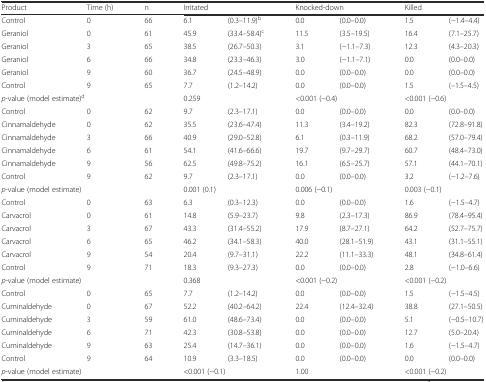
<table><thead><tr><td><b>Product</b></td><td><b>Time (h)</b></td><td><b>n</b></td><td colspan="2"><b>Irritated</b></td><td colspan="2"><b>Knocked-down</b></td><td colspan="2"><b>Killed</b></td></tr></thead><tbody><tr><td>Control</td><td>0</td><td>66</td><td>6.1</td><td>(0.3–11.9)<sup>b</sup></td><td>0.0</td><td>(0.0–0.0)</td><td>1.5</td><td>(−1.4–4.4)</td></tr><tr><td>Geraniol</td><td>0</td><td>61</td><td>45.9</td><td>(33.4–58.4)<sup>c</sup></td><td>11.5</td><td>(3.5–19.5)</td><td>16.4</td><td>(7.1–25.7)</td></tr><tr><td>Geraniol</td><td>3</td><td>65</td><td>38.5</td><td>(26.7–50.3)</td><td>3.1</td><td>(−1.1–7.3)</td><td>12.3</td><td>(4.3–20.3)</td></tr><tr><td>Geraniol</td><td>6</td><td>66</td><td>34.8</td><td>(23.3–46.3)</td><td>3.0</td><td>(−1.1–7.1)</td><td>0.0</td><td>(0.0–0.0)</td></tr><tr><td>Geraniol</td><td>9</td><td>60</td><td>36.7</td><td>(24.5–48.9)</td><td>0.0</td><td>(0.0–0.0)</td><td>0.0</td><td>(0.0–0.0)</td></tr><tr><td>Control</td><td>9</td><td>65</td><td>7.7</td><td>(1.2–14.2)</td><td>0.0</td><td>(0.0–0.0)</td><td>1.5</td><td>(–1.5–4.5)</td></tr><tr><td colspan="3"><i>p</i>-value (model estimate)<sup>d</sup></td><td colspan="2">0.259</td><td colspan="2">&lt;0.001 (−0.4)</td><td colspan="2">&lt;0.001 (−0.6)</td></tr><tr><td>Control</td><td>0</td><td>62</td><td>9.7</td><td>(2.3–17.1)</td><td>0.0</td><td>(0.0–0.0)</td><td>0.0</td><td>(0.0–0.0)</td></tr><tr><td>Cinnamaldehyde</td><td>0</td><td>62</td><td>35.5</td><td>(23.6–47.4)</td><td>11.3</td><td>(3.4–19.2)</td><td>82.3</td><td>(72.8–91.8)</td></tr><tr><td>Cinnamaldehyde</td><td>3</td><td>66</td><td>40.9</td><td>(29.0–52.8)</td><td>6.1</td><td>(0.3–11.9)</td><td>68.2</td><td>(57.0–79.4)</td></tr><tr><td>Cinnamaldehyde</td><td>6</td><td>61</td><td>54.1</td><td>(41.6–66.6)</td><td>19.7</td><td>(9.7–29.7)</td><td>60.7</td><td>(48.4–73.0)</td></tr><tr><td>Cinnamaldehyde</td><td>9</td><td>56</td><td>62.5</td><td>(49.8–75.2)</td><td>16.1</td><td>(6.5–25.7)</td><td>57.1</td><td>(44.1–70.1)</td></tr><tr><td>Control</td><td>9</td><td>62</td><td>9.7</td><td>(2.3–17.1)</td><td>0.0</td><td>(0.0–0.0)</td><td>3.2</td><td>(−1.2–7.6)</td></tr><tr><td colspan="3"><i>p</i>-value (model estimate)</td><td colspan="2">0.001 (0.1)</td><td colspan="2">0.006 (−0.1)</td><td colspan="2">0.003 (−0.1)</td></tr><tr><td>Control</td><td>0</td><td>63</td><td>6.3</td><td>(0.3–12.3)</td><td>0.0</td><td>(0.0–0.0)</td><td>1.6</td><td>(−1.5–4.7)</td></tr><tr><td>Carvacrol</td><td>0</td><td>61</td><td>14.8</td><td>(5.9–23.7)</td><td>9.8</td><td>(2.3–17.3)</td><td>86.9</td><td>(78.4–95.4)</td></tr><tr><td>Carvacrol</td><td>3</td><td>67</td><td>43.3</td><td>(31.4–55.2)</td><td>17.9</td><td>(8.7–27.1)</td><td>64.2</td><td>(52.7–75.7)</td></tr><tr><td>Carvacrol</td><td>6</td><td>65</td><td>46.2</td><td>(34.1–58.3)</td><td>40.0</td><td>(28.1–51.9)</td><td>43.1</td><td>(31.1–55.1)</td></tr><tr><td>Carvacrol</td><td>9</td><td>54</td><td>20.4</td><td>(9.7–31.1)</td><td>22.2</td><td>(11.1–33.3)</td><td>48.1</td><td>(34.8–61.4)</td></tr><tr><td>Control</td><td>9</td><td>71</td><td>18.3</td><td>(9.3–27.3)</td><td>0.0</td><td>(0.0–0.0)</td><td>2.8</td><td>(−1.0–6.6)</td></tr><tr><td colspan="3"><i>p</i>-value (model estimate)</td><td colspan="2">0.368</td><td colspan="2">&lt;0.001 (−0.2)</td><td colspan="2">&lt;0.001 (−0.2)</td></tr><tr><td>Control</td><td>0</td><td>65</td><td>7.7</td><td>(1.2–14.2)</td><td>0.0</td><td>(0.0–0.0)</td><td>1.5</td><td>(−1.5–4.5)</td></tr><tr><td>Cuminaldehyde</td><td>0</td><td>67</td><td>52.2</td><td>(40.2–64.2)</td><td>22.4</td><td>(12.4–32.4)</td><td>38.8</td><td>(27.1–50.5)</td></tr><tr><td>Cuminaldehyde</td><td>3</td><td>59</td><td>61.0</td><td>(48.6–73.4)</td><td>0.0</td><td>(0.0–0.0)</td><td>5.1</td><td>(−0.5–10.7)</td></tr><tr><td>Cuminaldehyde</td><td>6</td><td>71</td><td>42.3</td><td>(30.8–53.8)</td><td>0.0</td><td>(0.0–0.0)</td><td>12.7</td><td>(5.0–20.4)</td></tr><tr><td>Cuminaldehyde</td><td>9</td><td>63</td><td>25.4</td><td>(14.7–36.1)</td><td>0.0</td><td>(0.0–0.0)</td><td>1.6</td><td>(−1.5–4.7)</td></tr><tr><td>Control</td><td>9</td><td>64</td><td>10.9</td><td>(3.3–18.5)</td><td>0.0</td><td>(0.0–0.0)</td><td>0.0</td><td>(0.0–0.0)</td></tr><tr><td colspan="3"><i>p</i>-value (model estimate)</td><td colspan="2">&lt;0.001 (−0.1)</td><td colspan="2">1.00</td><td colspan="2">&lt;0.001 (−0.2)</td></tr></tbody></table>